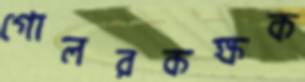
গোলরকক্ষক